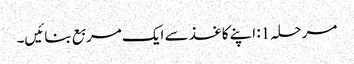
مرحلہ 1: اپنے کاغذ سے ایک مربع بنائیں۔